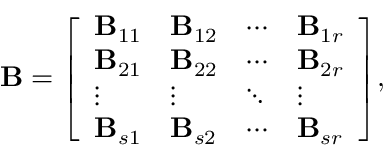
\mathbf { B } = { \left[ \begin{array} { l l l l } { \mathbf { B } _ { 1 1 } } & { \mathbf { B } _ { 1 2 } } & { \cdots } & { \mathbf { B } _ { 1 r } } \\ { \mathbf { B } _ { 2 1 } } & { \mathbf { B } _ { 2 2 } } & { \cdots } & { \mathbf { B } _ { 2 r } } \\ { \vdots } & { \vdots } & { \ddots } & { \vdots } \\ { \mathbf { B } _ { s 1 } } & { \mathbf { B } _ { s 2 } } & { \cdots } & { \mathbf { B } _ { s r } } \end{array} \right] } ,